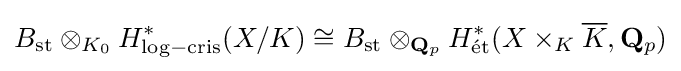
B_{\mathrm {st} }\otimes _{K_{0}}H_{\mathrm {log-cris} }^{\ast }(X/K)\cong B_{\mathrm {st} }\otimes _{\mathbf {Q} _{p}}H_{\mathrm {{\acute {e}}t} }^{\ast }(X\times _{K}{\overline {K}},\mathbf {Q} _{p})